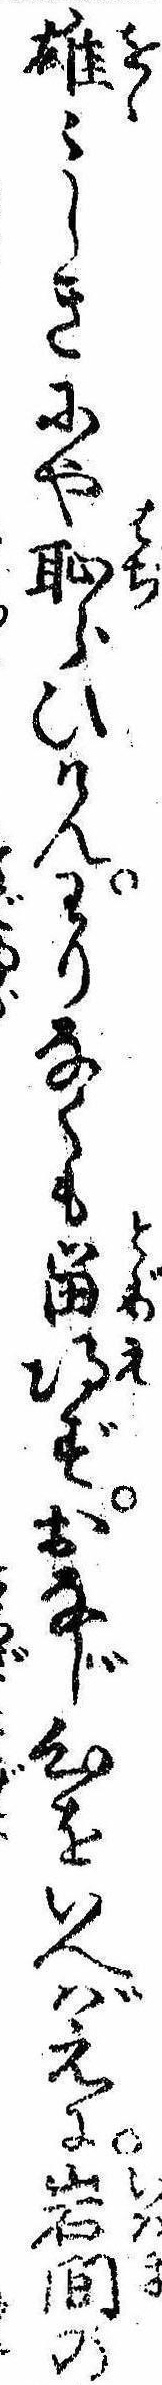
雄〻しきにや恥らひけんわりなくも留得ずおなじ心をいへばえに岩間の